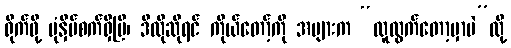
ရိုက်ဖို့ ပုံနှိပ်စက်ရှိပြီ၊ ဒီလိုဆိုရင် ကိုယ်တော့်ကို အများက “လူထွက်တော့မှာပဲ”လို့